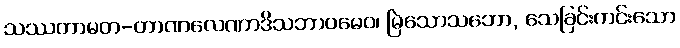
သဿတာမတ-တာဏလေဏာဒိသဘာဝမေဝ၊ မြဲသောသဘော, သေခြင်းကင်းသော